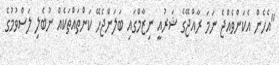
"އެހެން އެކަންވެއްޖެ ނަމަ ރާއްޖޭގެ ޝަރުއީ ނިޒާމްގައި ބަލަންޖެހޭ ކަންތައްތަކެއް ނުބެލި ލަސްވުމުގެ